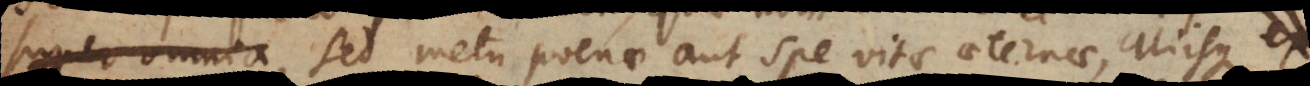
super omnia, sed metu poenae aut spe vitae aeternae, aliisque